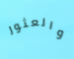
والعثور